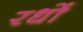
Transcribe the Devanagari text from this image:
रधों